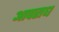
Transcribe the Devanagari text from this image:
आपराध